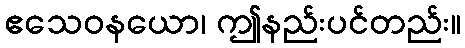
ဧသေဝနယော၊ ဤနည်းပင်တည်း။